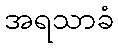
အရသာခံ